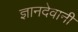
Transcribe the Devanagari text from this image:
ज्ञानदेवानी